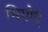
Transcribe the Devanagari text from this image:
भिगोएं